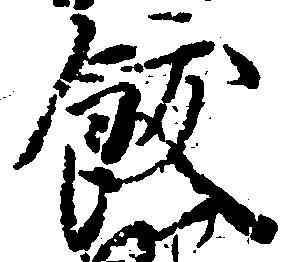
飫